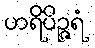
ဟရိပိဉ္ဇရံ